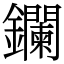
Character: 鑭